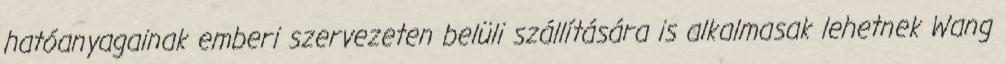
hatóanyagainak emberi szervezeten belüli szállítására is alkalmasak lehetnek Wang